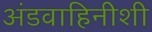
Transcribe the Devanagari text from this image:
अंडवाहिनीशी